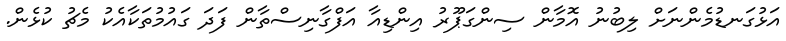
އަޅުގަނޑުމެންނަށް ލިބުނު އޮމާން ސިންގަޕޫރު އިންޑިއާ އަފްގާނިސްތާން ފަދަ ގައުމުތަކާއެކު މެޗު ކުޅެން.